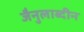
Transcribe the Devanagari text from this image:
जैनुलाब्दीन